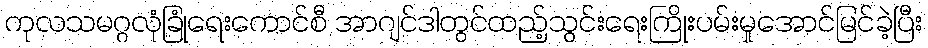
ကုလသမဂ္ဂလုံခြုံရေးကောင်စီ အာဂျင်ဒါတွင်ထည့်သွင်းရေးကြိုးပမ်းမှုအောင်မြင်ခဲ့ပြီး